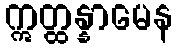
ဣတ္ထန္နာမေန